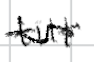
Text: tilt
Cross-out: wave
Writing tool: digital_black